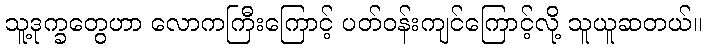
သူ့ဒုက္ခတွေဟာ လောကကြီးကြောင့် ပတ်ဝန်းကျင်ကြောင့်လို့ သူယူဆတယ်။